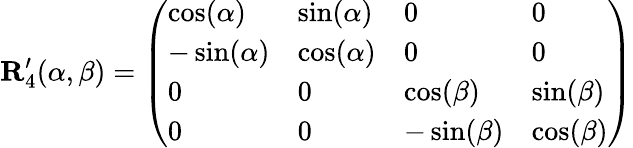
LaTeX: \mathbf{R}_{4}^{\prime}(\alpha,\beta)=\left(\begin{array}{llll}{\cos(\alpha)}&{\sin(\alpha)}&{0}&{0}\\ {-\sin(\alpha)}&{\cos(\alpha)}&{0}&{0}\\ {0}&{0}&{\cos(\beta)}&{\sin(\beta)}\\ {0}&{0}&{-\sin(\beta)}&{\cos(\beta)}\end{array}\right)